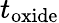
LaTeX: t_{\mathrm{oxide}}